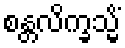
စန္တလိက္ခသ္မိံ